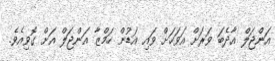
އަންޖަލް އާދެބަ ވަރަށް އަވަހަށް ވައި އަޑުން ހަމްޒާ އަންޖަލް އަށް ގޮވިއެވެ.